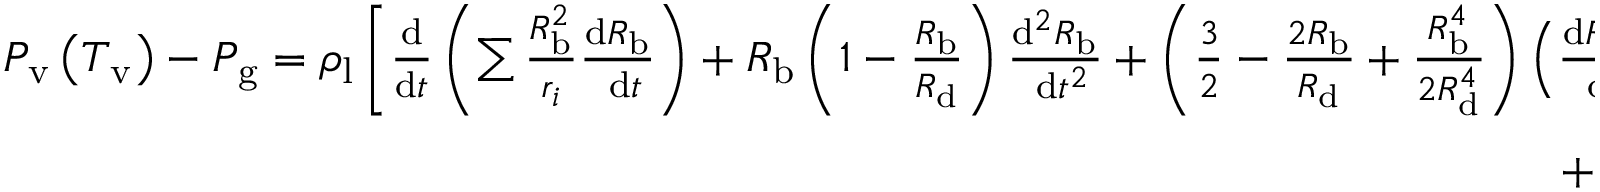
\begin{array} { r } { P _ { \mathrm { v } } \left( T _ { \mathrm { v } } \right) - P _ { \mathrm { g } } = \rho _ { \mathrm { l } } \left[ \frac { \mathrm { d } } { \mathrm { d } t } \left( \sum \frac { R _ { \mathrm { b } } ^ { 2 } } { r _ { i } } \frac { \mathrm { d } R _ { \mathrm { b } } } { \mathrm { ~ d } t } \right) + R _ { \mathrm { b } } \left( 1 - \frac { R _ { \mathrm { b } } } { R _ { \mathrm { d } } } \right) \frac { \mathrm { d } ^ { 2 } R _ { \mathrm { b } } } { \mathrm { ~ d } t ^ { 2 } } + \left( \frac { 3 } { 2 } - \frac { 2 R _ { \mathrm { b } } } { R _ { \mathrm { d } } } + \frac { R _ { \mathrm { b } } ^ { 4 } } { 2 R _ { \mathrm { d } } ^ { 4 } } \right) \left( \frac { \mathrm { d } R _ { \mathrm { b } } } { \mathrm { ~ d } t } \right) ^ { 2 } \right] + \frac { 4 \mu _ { \mathrm { l } } } { R _ { \mathrm { b } } } \frac { \mathrm { d } R _ { \mathrm { b } } } { \mathrm { ~ d } t } } \\ { + 2 \sigma \left( \frac { 1 } { R _ { \mathrm { b } } } + \frac { 1 } { R _ { \mathrm { d } } } \right) , } \end{array}